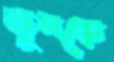
জুমকে